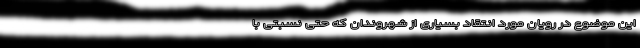
این موضوع در رویان مورد انتقاد بسیاری از شهروندان که حتی نسبتی با